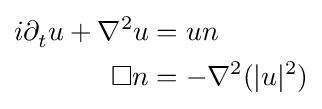
{\begin{aligned}i\partial _{t}^{}u+\nabla ^{2}u&=un\\\Box n&=-\nabla ^{2}(|u|_{}^{2})\end{aligned}}